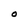
Character: O